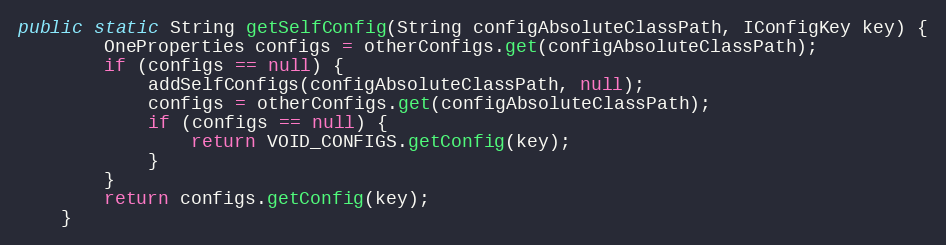
Language: Java
public static String getSelfConfig(String configAbsoluteClassPath, IConfigKey key) {
        OneProperties configs = otherConfigs.get(configAbsoluteClassPath);
        if (configs == null) {
            addSelfConfigs(configAbsoluteClassPath, null);
            configs = otherConfigs.get(configAbsoluteClassPath);
            if (configs == null) {
                return VOID_CONFIGS.getConfig(key);
            }
        }
        return configs.getConfig(key);
    }